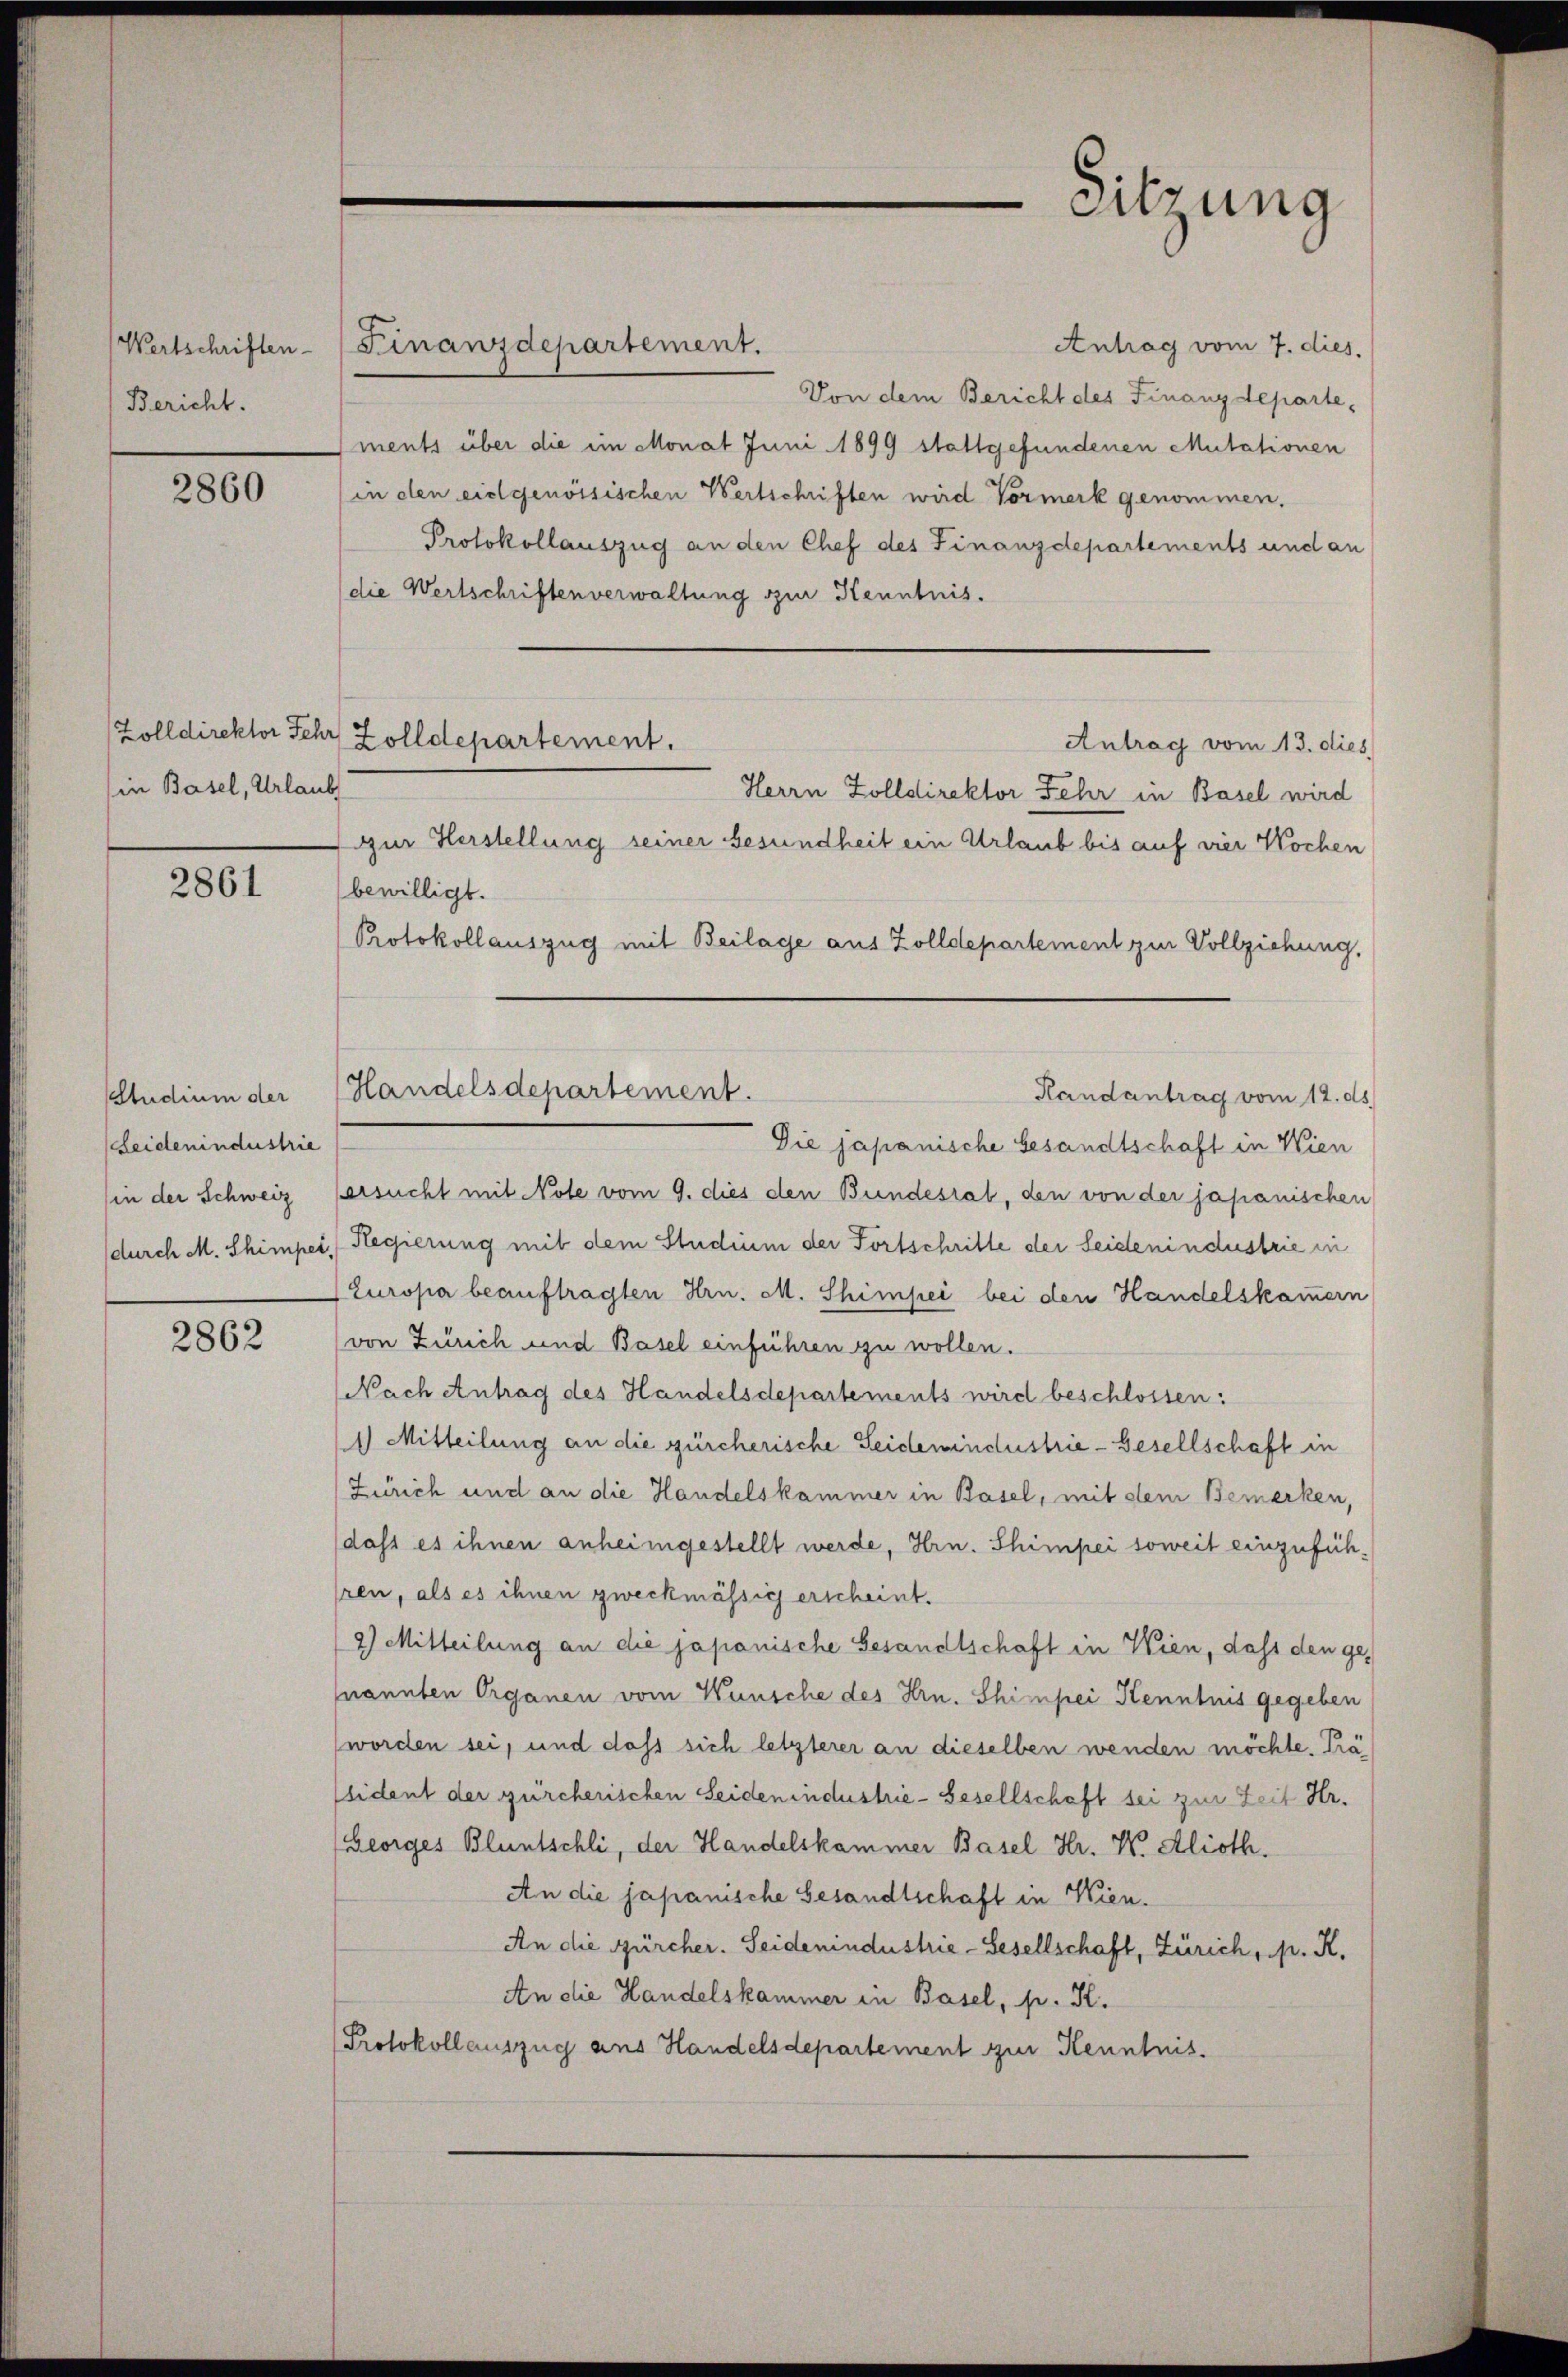
Bericht.

2860

in Basel, Urlaubs

2861

Studium der
Leidenindustrie
(in der Schweiz

2862

Wertschriften-Finanzdepartement.
Antrag vom 7. dies.
Von dem Bericht des Finanzdepartements über die im Monat Juni 1899 stattgefundenen Mutationen
in den eidgenössischen Wertschriften wird Vormerk genommen.
Protokollauszug an den Chef des Finanzdepartements und an
(die Wertschriften verwaltung zur Kenntnis.
Antrag vom 13. dies
Herrn Zolldirektor Fehr in Basel wird
zur Herstellung seiner Gesundheit ein Urlaub bis auf vier Wochen
bewilligt.
Protokollauszug mit Beilage aus Zolldepartement zur Vollziehung,
Die japanische Gesandtschaft in Wien
ersucht mit Note vom 9. dies den Bundesrat, den von der japanischen
durch M. Schimper, Regierung mit dem Studium der Fortschritte der Seidenindustrie in
Europa beauftragten Hrn. M. Shimpei bei den Handelskammern
(von Zürich und Basel einführen zu wollen.
Nach Antrag des Handelsdepartements wird beschlossen:
1) Mitteilung an die zürcherische Seidewindustrie-Gesellschaft in
Zürich und an die Handelskammer in Basel, mit dem Bemerken,
dass es ihnen anheimgestellt werde, Hrn. Schimpei soweit einzuführen, als es ihnen zweckmässig erscheint.
2) Mitteilung an die japanische Gesandtschaft in Wien, dass den genannten Organen vom Wunsche des Hrn. Shinpei Kenntnis gegeben
worden sei, und dass sich letzterer an dieselben wenden möchte. Prä¬
Elident der zürcherischen Seiden industrie-Gesellschaft sei zur Zeit Hr.
Beorges Bluntschli, der Handelskammer Basel Hr. W. Alioth
An die japanische Gesandtschaft in Kien.
An die Gürcher. Seidenindustrie-Gesellschaft, Zürich, p. K.
An die Handelskammer in Basel, pr. K.
Protokollauszug aus Handelsdepartement zur Kenntnis.

Zolldirektor Schr. Zolldepartement.

Handelsdepartement.

Handantrag vom 12. ds.

Sitzung